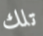
تلك